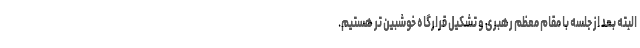
البته بعد از جلسه با مقام معظم رهبری و تشکیل قرارگاه خوشبین‌ تر هستیم.